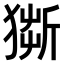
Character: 𤠥